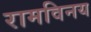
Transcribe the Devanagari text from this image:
रामविनय